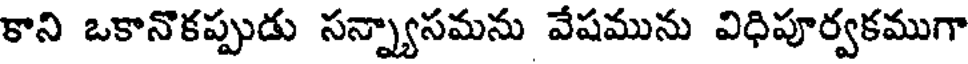
కాని ఒకానొకప్పుడు సన్న్యాసమను వేషమును విధిపూర్వకముగా